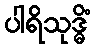
ပါရိသုဒ္ဓိံ